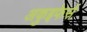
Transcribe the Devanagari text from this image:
अकुइफेर्स